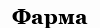
Фарма